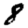
Digit: 8